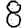
Digit: 8